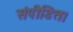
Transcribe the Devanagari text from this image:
संपीडित।